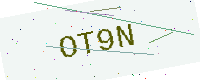
Text: OT9N